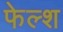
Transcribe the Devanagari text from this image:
फेल्श